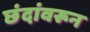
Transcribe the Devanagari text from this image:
छंदांवरून